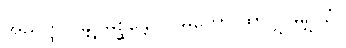
အညတ္ထ ဂန္တု မိစ္ဆန္တော၊ ဂမိကော ထာ ဂ္ဃ မဂ္ဃိယံ။